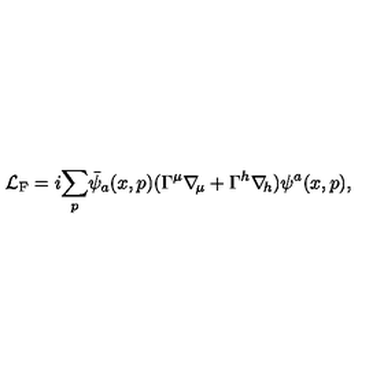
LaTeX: { \cal L } _ { \mathrm { F } } = i \displaystyle { \sum _ { p } } \bar { \psi } _ { a } ( x , p ) ( \Gamma ^ { \mu } \nabla \! _ { \mu } + \Gamma ^ { h } \nabla \! _ { h } ) \psi ^ { a } ( x , p ) ,